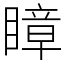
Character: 瞕